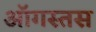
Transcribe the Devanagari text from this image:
ऑगस्तस